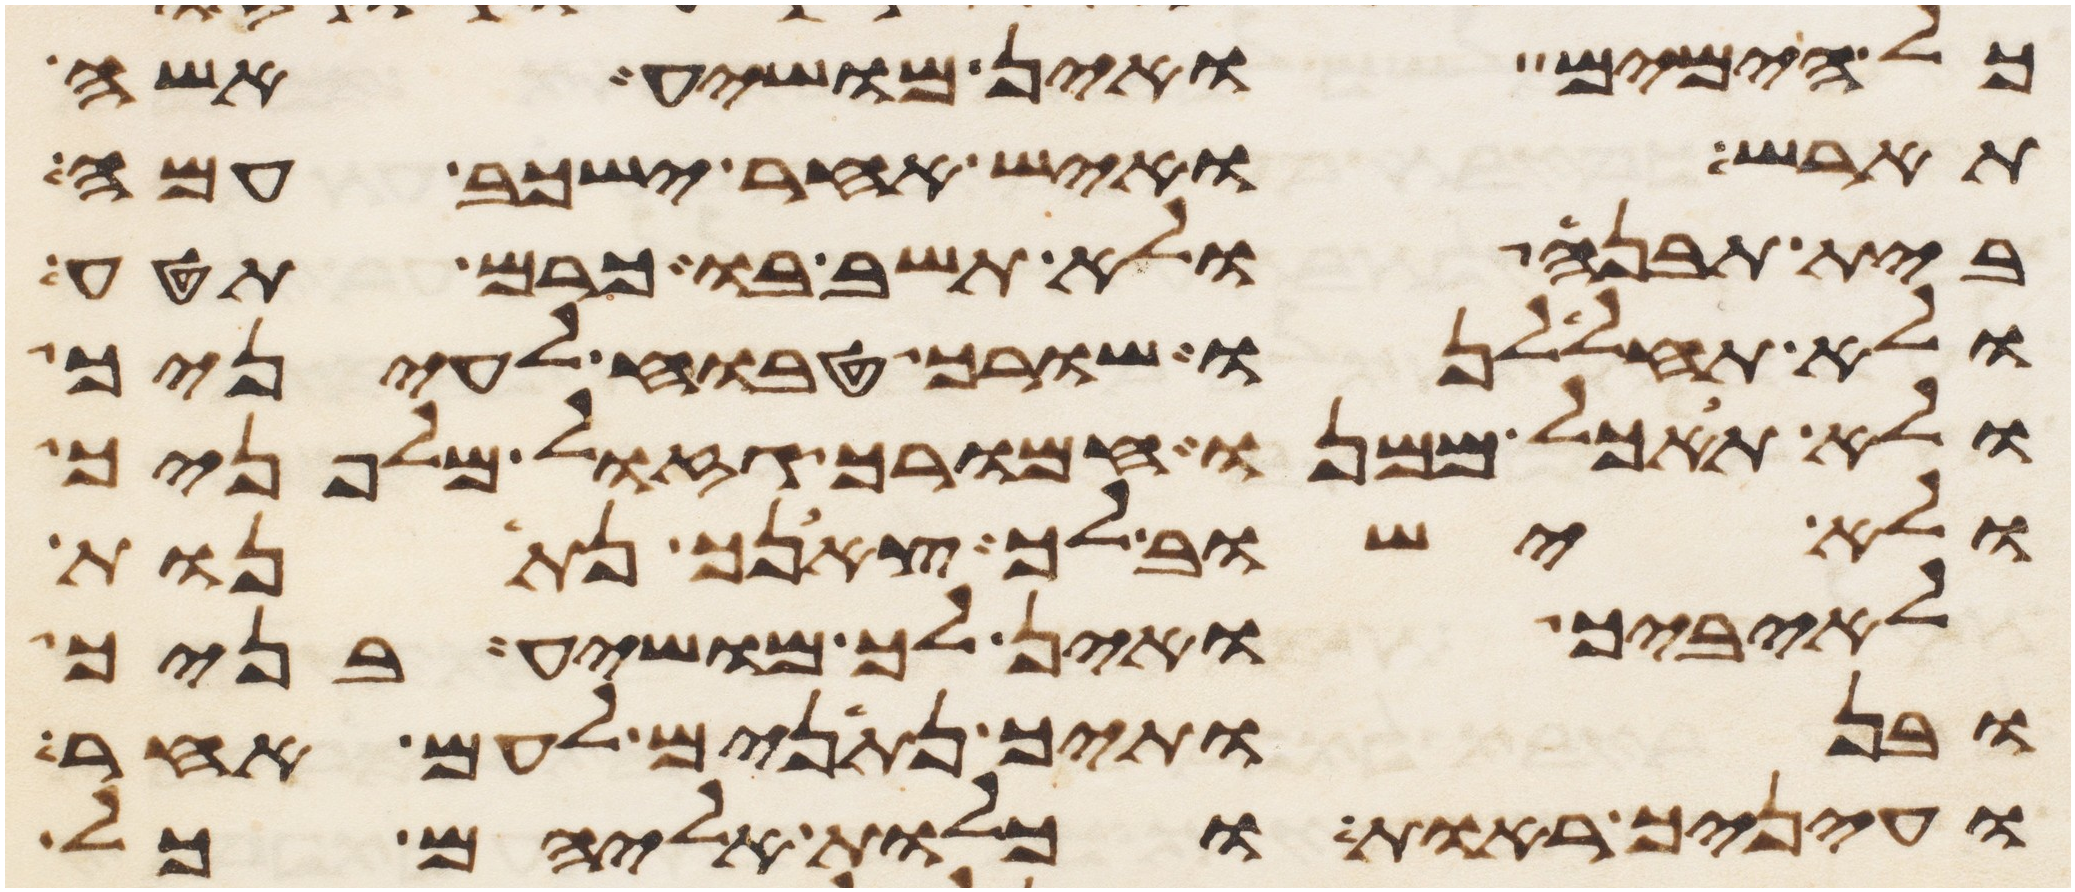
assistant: כל הימים ואין מושיע אשה
תארש ואיש אחר ישכב עמה
בית תבנה ולא תשב בו כרם תטע
ולא תחללנו שורך טבוח לעיניך
ולא תאכל ממנו חמורך גזול מלפניך
ולא ישוב לך צאנך נתנות
לאיביך ואין לך מושיע בניך
ובנתיך נתנים לעם אחר
ועיניך ראות וכלות אליהם כל